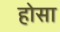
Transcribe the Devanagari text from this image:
होसा